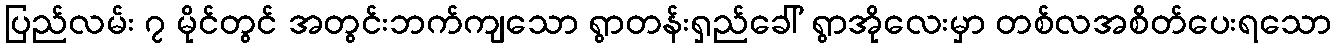
ပြည်လမ်း ၇ မိုင်တွင် အတွင်းဘက်ကျသော ရွာတန်းရှည်ခေါ် ရွာအိုလေးမှာ တစ်လအစိတ်ပေးရသော